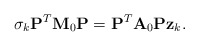
\begin{align*}\sigma_k {\bf P} ^T {\bf M} _0 {\bf P} = {\bf P} ^T{\bf A} _0 {\bf P} {\bf z}_k .\end{align*}